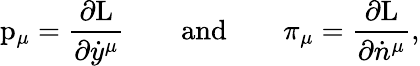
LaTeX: \mathrm{p}_{\mu}=\frac{\partial\mathrm{L}}{\partial\dot{y}^{\mu}}\qquad\mathrm{and}\qquad\pi_{\mu}=\frac{\partial\mathrm{L}}{\partial\dot{n}^{\mu}},